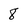
Character: 8